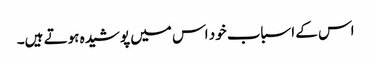
اس کے اسباب خود اس میں پوشیدہ ہوتے ہیں۔